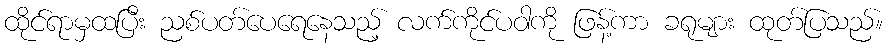
ထိုင်ရာမှထပြီး ညစ်ပတ်ပေရေနေသည့် လက်ကိုင်ပဝါကို ဖြန့်ကာ ခရုများ ထုတ်ပြသည်။